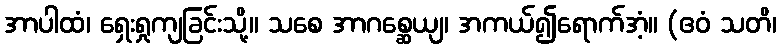
အာပါထံ၊ ရှေးရှုကျခြင်းသို့။ သစေ အာဂစ္ဆေယျ၊ အကယ်၍ရောက်အံ့။ (ဧဝံ သတိ၊